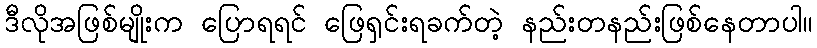
ဒီလိုအဖြစ်မျိုးက ပြောရရင် ဖြေရှင်းရခက်တဲ့ နည်းတနည်းဖြစ်နေတာပါ။